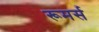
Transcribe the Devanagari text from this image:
रूमर्स